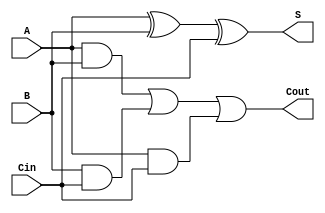
module async_full_adder (
    input wire A,      // First input operand
    input wire B,      // Second input operand
    input wire Cin,    // Carry-in input
    output wire S,     // Sum output
    output wire Cout    // Carry-out output
);

// Internal signals for intermediate calculations
wire AxorB;         // Intermediate XOR result
wire AB;            // A AND B
wire BCin;          // B AND Cin
wire ACin;          // A AND Cin

// Calculate the sum output using XOR gates
assign AxorB = A ^ B;        // A XOR B
assign S = AxorB ^ Cin;      // (A XOR B) XOR Cin

// Calculate the carry output using AND and OR gates
assign AB = A & B;           // A AND B
assign BCin = B & Cin;       // B AND Cin
assign ACin = A & Cin;       // A AND Cin
assign Cout = AB | BCin | ACin; // (A AND B) OR (B AND Cin) OR (A AND Cin)

endmodule